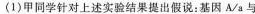
(1)甲同学针对上述实验结果提出假说：基因A/a与